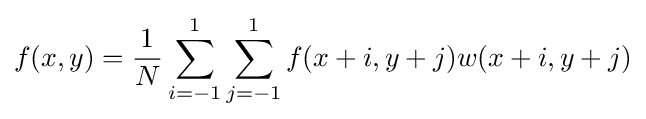
f(x,y)={\frac {1}{N}}\sum \limits _{i=-1}^{1}\sum \limits _{j=-1}^{1}f(x+i,y+j)w(x+i,y+j)